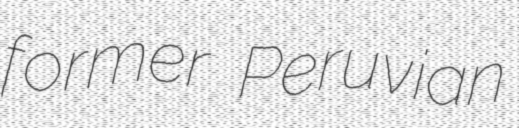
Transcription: former Peruvian